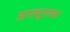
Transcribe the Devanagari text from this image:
अनसूयक